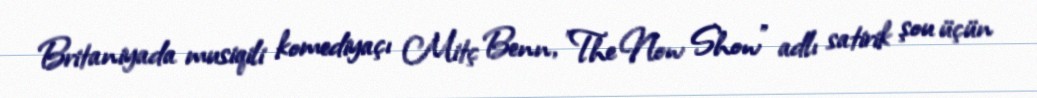
Britaniyada musiqili komediyaçı Mitç Benn, "The Now Show" adlı satirik şou üçün